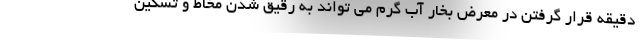
دقیقه قرار گرفتن در معرض بخار آب گرم می تواند به رقیق شدن مخاط و تسکین